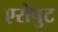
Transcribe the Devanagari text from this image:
एरोपुट